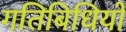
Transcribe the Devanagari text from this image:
गतिबिधियों